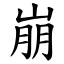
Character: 崩